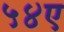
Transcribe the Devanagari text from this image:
५४ए